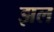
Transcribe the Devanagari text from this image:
झल